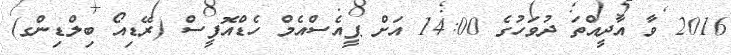
2016 ވާ އާދީއްތަ ދުވަހުގެ 14:00 އަށް ޕީއެސްއެމް ހެޑްއޮފީސް (ރޭޑިއޯ ބިލްޑިންގ)